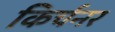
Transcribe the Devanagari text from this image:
किर्चनर